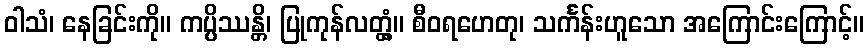
ဝါသံ၊ နေခြင်းကို။ ကပ္ပိဿန္တိ၊ ပြုကုန်လတ္တံ့။ စီဝရဟေတု၊ သင်္ကန်းဟူသော အကြောင်းကြောင့်။